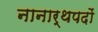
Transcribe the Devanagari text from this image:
नानार्थपदों